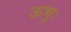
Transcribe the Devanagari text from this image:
ऊचुः